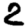
Digit: 2